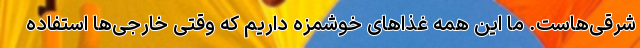
شرقی‌هاست. ما این همه غذاهای خوشمزه داریم که وقتی خارجی‌ها استفاده